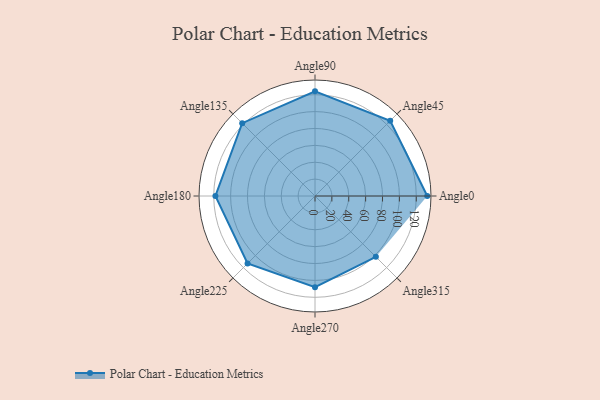
{"axis": {"x": "Angle", "y": "Radius"}, "legend": [""], "data": [{"x": "Angle0", "y": 133.0, "type": ""}, {"x": "Angle45", "y": 126.0, "type": ""}, {"x": "Angle90", "y": 124.0, "type": ""}, {"x": "Angle135", "y": 122.0, "type": ""}, {"x": "Angle180", "y": 118.0, "type": ""}, {"x": "Angle225", "y": 113.0, "type": ""}, {"x": "Angle270", "y": 108.0, "type": ""}, {"x": "Angle315", "y": 102.0, "type": ""}]}